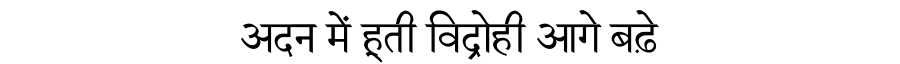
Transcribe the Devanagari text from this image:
अदन में हूती विद्रोही आगे बढ़े